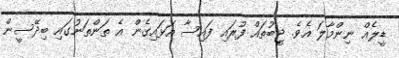
ޑީލެއް ނިންމާލަ އެވެ. ޖީބުތައް ފުރައި ފައިސާ އަޅައިގެން އެ ތަންތަނުގައި ބިދޭސީން